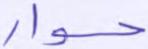
حوار